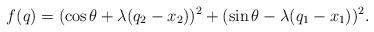
LaTeX: \begin{align*}f(q)=(\cos\theta+\lambda(q_2-x_2))^2+(\sin\theta-\lambda(q_1-x_1))^2.\end{align*}